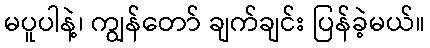
မပူပါနဲ့၊ ကျွန်တော် ချက်ချင်း ပြန်ခဲ့မယ်။